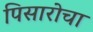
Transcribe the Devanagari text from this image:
पिसारोचा